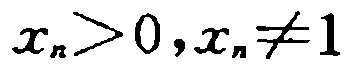
$x_{n}>0,x_{n}\neq1$